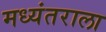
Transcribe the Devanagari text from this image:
मध्यंतराला